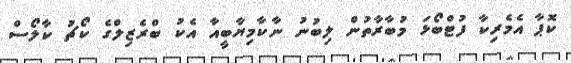
ކޮޕާ އެމެރިކާ ފުޓްބޯޅަ މުބާރާތުން ލިބުނު ނާކާމިޔާބީއާ އެކު ބްރެޒިލްގެ ކޯޗު ކާލޯސް